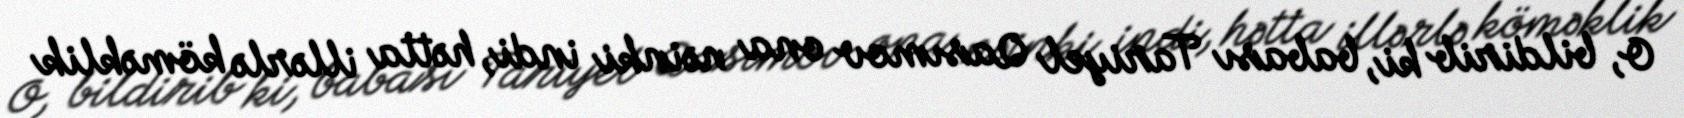
O, bildirib ki, babası Tariyel Qasımov ona nəinki indi, hətta illərlə köməklik